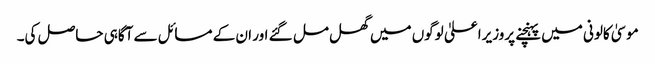
موسیٰ کالونی میں پہنچنے پروزیراعلیٰ لوگوں میں گھل مل گئے اور ان کے مسائل سے آگاہی حاصل کی۔